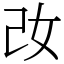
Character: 妀